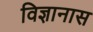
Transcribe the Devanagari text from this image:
विज्ञानास